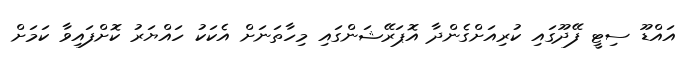
އައްޑޫ ސިޓީ ފޭދޫގައި ކުރިއަށްގެންދާ އޮޕަރޭޝަންގައި މިހާތަނަށް އެކަކު ހައްޔަރު ކޮށްފައިވާ ކަމަށް